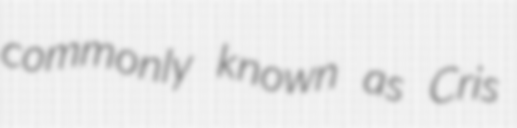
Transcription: commonly known as Cris